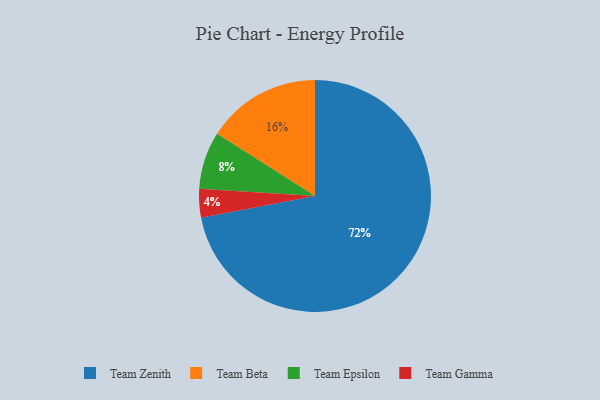
{"axis": {"x": "Category", "y": "Percentage"}, "legend": ["Team Beta", "Team Epsilon", "Team Gamma", "Team Zenith"], "data": [{"x": "Team Gamma", "y": 4, "type": "Team Gamma"}, {"x": "Team Epsilon", "y": 8, "type": "Team Epsilon"}, {"x": "Team Beta", "y": 16, "type": "Team Beta"}, {"x": "Team Zenith", "y": 72, "type": "Team Zenith"}]}